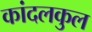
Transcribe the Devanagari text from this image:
कांदलकुल